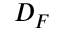
D _ { F }